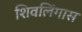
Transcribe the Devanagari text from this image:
शिवलिंगास